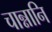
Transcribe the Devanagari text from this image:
चान्नानि